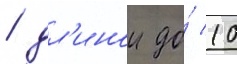
/ дл'инои до́ 10